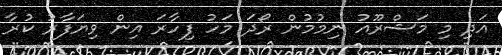
އަދި މި މަޝްރޫއު ނިމުމުން ރޯދަ މަހު ފިހާރަ އިން ވިޔަފާރު ކުރާ